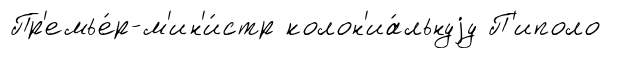
Пр'емье́р-м'ин'и́стр колон'иа́льнуjу П'иполо